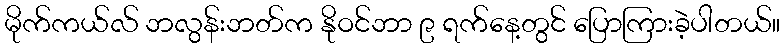
မိုက်ကယ်လ် ဘလွန်းဘတ်က နိုဝင်ဘာ ၉ ရက်နေ့တွင် ပြောကြားခဲ့ပါတယ်။